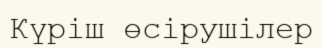
Күріш өсірушілер